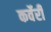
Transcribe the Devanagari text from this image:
कर्वेरी